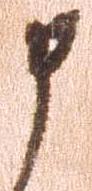
申